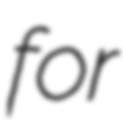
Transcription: for